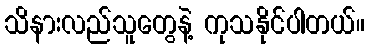
သိနားလည်သူတွေနဲ့ ကုသနိုင်ပါတယ်။